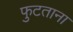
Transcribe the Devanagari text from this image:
फुटताना